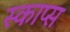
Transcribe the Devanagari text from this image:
स्काप्स